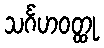
သင်္ဂဟဝတ္ထု